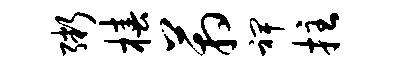
粥椿箱裨拄